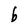
Character: b